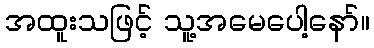
အထူးသဖြင့် သူ့အမေပေါ့နော်။